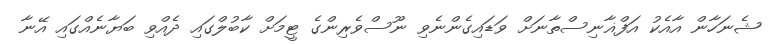
ޝެނަހާން އާއެކު އަފްޣާނިސްތާނަށް ވަޑައިގެންނެވި ނޫސްވެރިންގެ ޓީމަށް ކާބުލްގައި ދެއްވި ބަޔާނެއްގައި އޭނާ